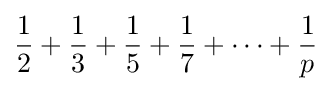
{\frac {1}{2}}+{\frac {1}{3}}+{\frac {1}{5}}+{\frac {1}{7}}+\cdots +{\frac {1}{p}}